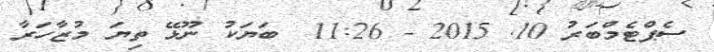
ސެޕްޓެމްބަރު 10